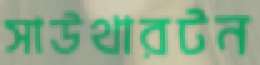
সাউথারটন